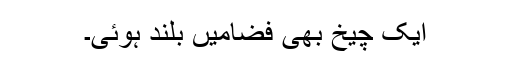
ایک چیخ بھی فضامیں بلند ہوئی۔